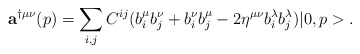
\begin{align*}{\bf a}^{\dag\mu\nu}(p)=\sum_{i,j} C^{ij} (b^{\mu}_i b^{\nu}_j + b^{\nu}_ib^{\mu}_j-2\eta^{\mu\nu}b^{\lambda}_i b^{\lambda}_j)|0,p>.\end{align*}